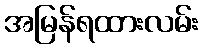
အမြန်ရထားလမ်း